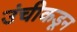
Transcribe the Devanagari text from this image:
उंचीकडून